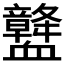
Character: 𧗛